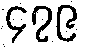
၄၇၉